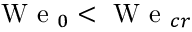
\mathrm { ~ W ~ e ~ } _ { 0 } < \mathrm { ~ W ~ e ~ } _ { c r }